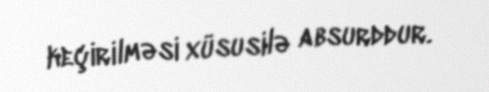
keçirilməsi xüsusilə absurddur.